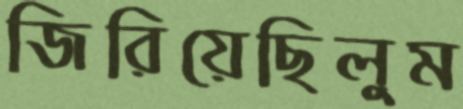
জিরিয়েছিলুম